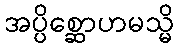
အပ္ပိစ္ဆောဟမသ္မိ